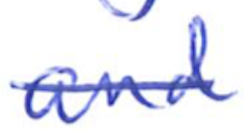
Text: and
Cross-out: diagonal
Writing tool: ballpoint